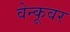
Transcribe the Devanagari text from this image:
वेन्कूवर